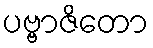
ပဗ္ဗာဇိတော